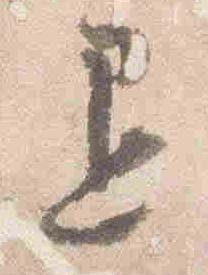
退